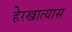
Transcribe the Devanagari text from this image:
हेरखात्यास